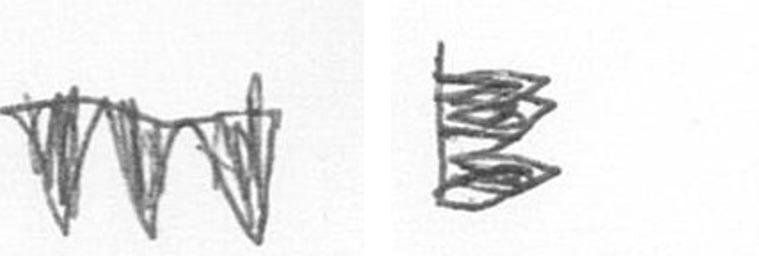
L H